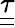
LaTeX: \underline{{\underline{{\tau}}}}